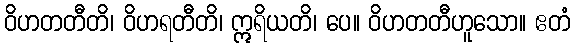
ဝိဟတတီတိ၊ ဝိဟရတီတိ၊ ဣရိယတိ၊ ပေ။ ဝိဟတတီဟူသော။ ဧတံ